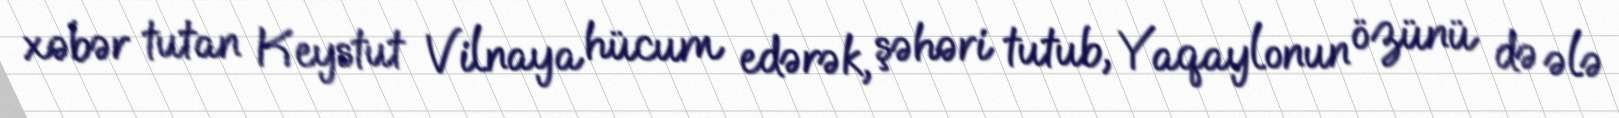
xəbər tutan Keystut Vilnaya hücum edərək, şəhəri tutub, Yaqaylonun özünü də ələ